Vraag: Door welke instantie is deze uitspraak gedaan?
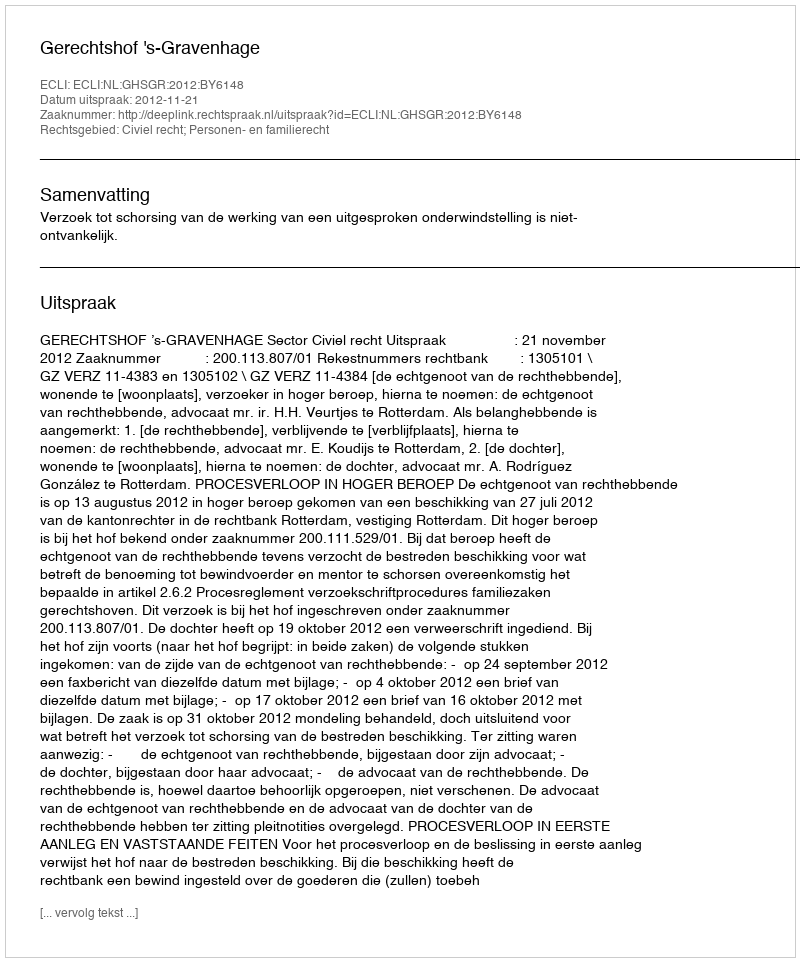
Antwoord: Gerechtshof 's-Gravenhage